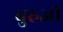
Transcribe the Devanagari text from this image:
बुरुजी